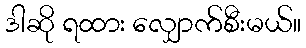
ဒါဆို ရထား လျှောက်စီးမယ်။